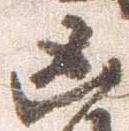
凶